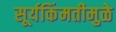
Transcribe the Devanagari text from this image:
सूर्यकिंमतीमुळे